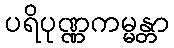
ပရိပုဏ္ဏကမ္မန္တာ